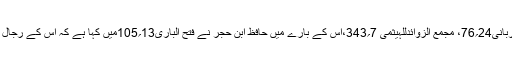
(الفتح الربانی24؍76، مجمع الزوائدللہیثمی 7؍343،اس کے بارے میں حافظ ابن حجر نے فتح الباری13؍105میں کہا ہے کہ اس کے رجال ثقہ ہیں۔